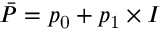
\bar { P } = p _ { \mathrm { 0 } } + p _ { \mathrm { 1 } } \times I